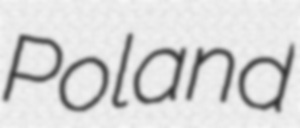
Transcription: Poland